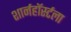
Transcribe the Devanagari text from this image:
शार्नहॉर्स्टला